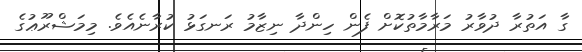
ގާ އަތުރާ ދުވާރު މަރާމާތުކޮށް ފެން ހިންދާ ނިޒާމު ރަނގަޅު ކުރާނެއެވެ. މިމަޝްރޫޢުގެ